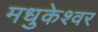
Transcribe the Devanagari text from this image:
मधुकेश्वर